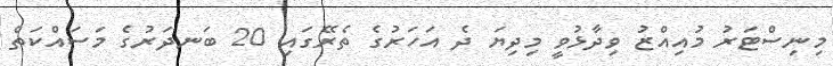
މިނިސްޓަރު މުއިއްޒު ވިދާޅުވީ މިދިޔަ ދެ އަހަރުގެ ތެރޭގައި 20 ބަނދަރުގެ މަސައްކަތް